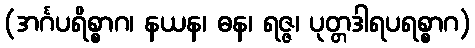
(အင်္ဂပရိစ္စာဂ၊ နယန၊ ဓန၊ ရဇ္ဇ၊ ပုတ္တဒါရပရစ္စာဂ)